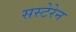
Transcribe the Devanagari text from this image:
सस्टेरेन